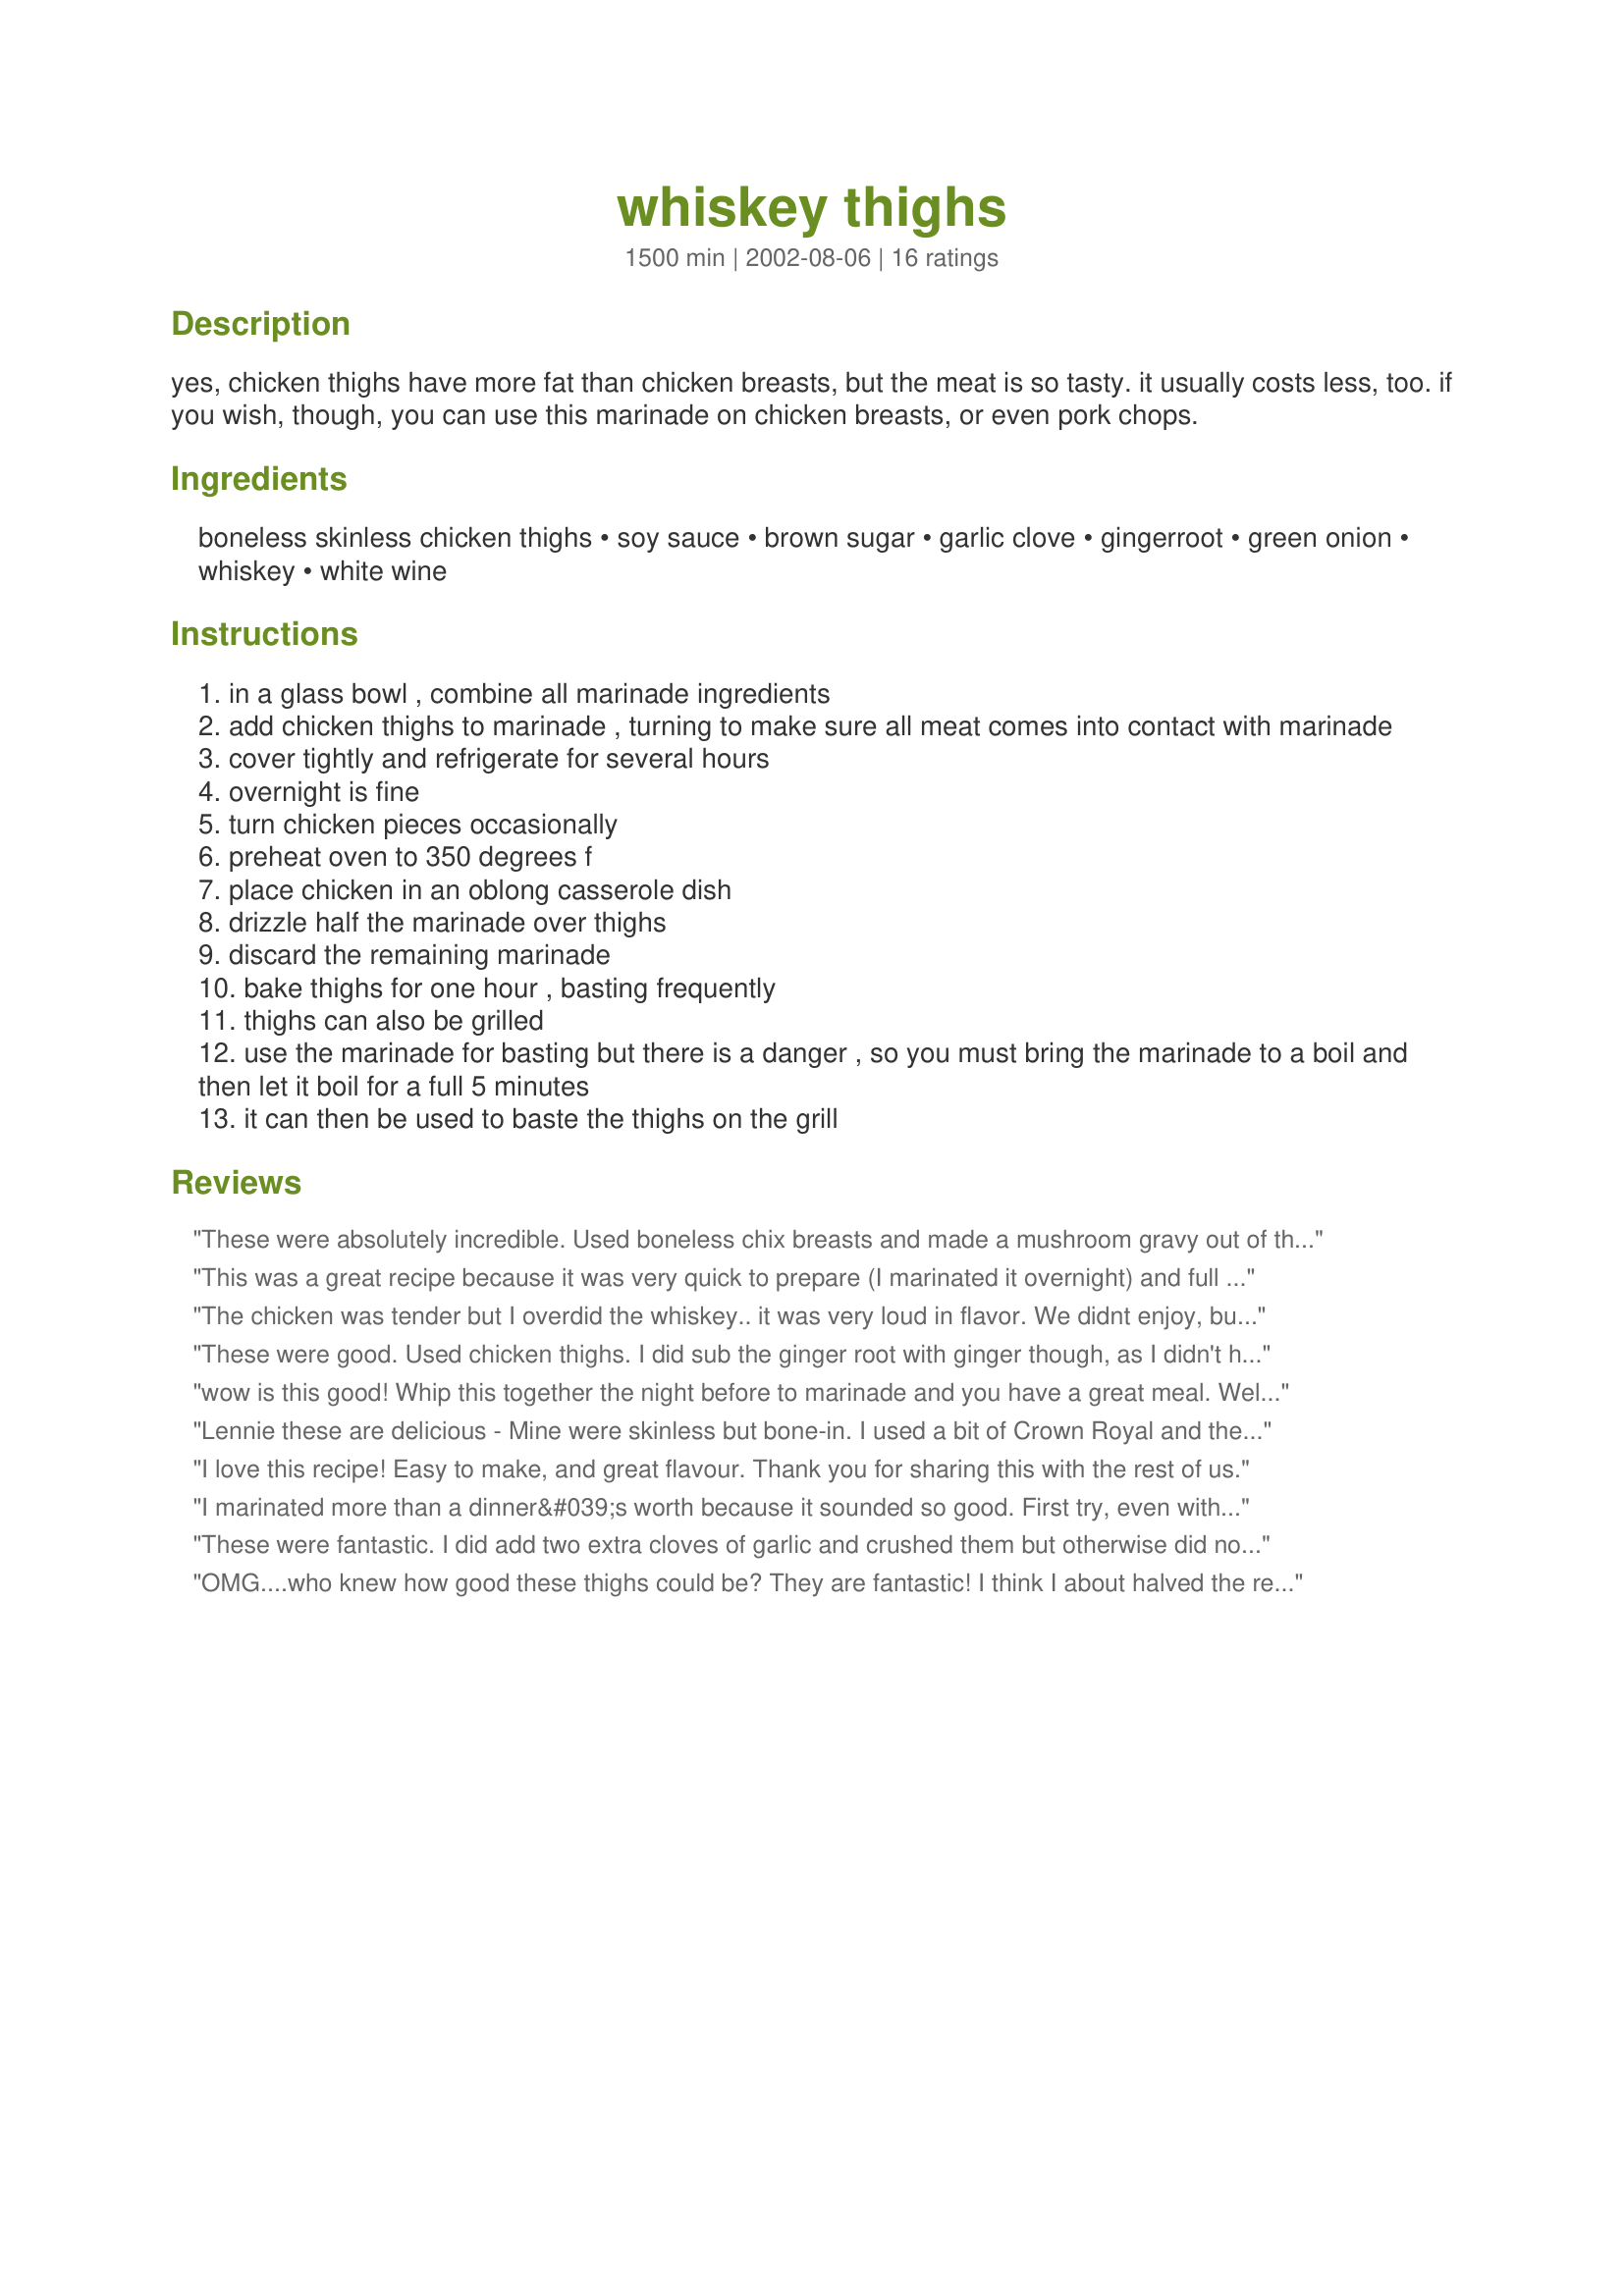
whiskey thighs
Preparation time: 1500 minutes

yes, chicken thighs have more fat than chicken breasts, but the meat is so tasty. it usually costs less, too. if you wish, though, you can use this marinade on chicken breasts, or even pork chops.

Ingredients:
boneless skinless chicken thighs, soy sauce, brown sugar, garlic clove, gingerroot, green onion, whiskey, white wine

Steps:
in a glass bowl , combine all marinade ingredients
add chicken thighs to marinade , turning to make sure all meat comes into contact with marinade
cover tightly and refrigerate for several hours
overnight is fine
turn chicken pieces occasionally
preheat oven to 350 degrees f
place chicken in an oblong casserole dish
drizzle half the marinade over thighs
discard the remaining marinade
bake thighs for one hour , basting frequently
thighs can also be grilled
use the marinade for basting but there is a danger , so you must bring the marinade to a boil and then let it boil for a full 5 minutes
it can then be used to baste the thighs on the grill

Reviews:
These were absolutely incredible. Used boneless chix breasts and made a mushroom gravy out of the marinade. First put the whole thing into the crockpot for 2.5 hours, then cooked-covered-on stovetop for 1/2 hour. Thickened marinade w/ flour & added a few handfuls of mushroom chunks. My husband now thinks I'm some sort of kitchen genius. Served with Bird's garlic mashed potatoes for a delicious meal. Thanks! :)
This was a great recipe because it was very quick to prepare (I marinated it overnight) and full of flavour. I served it with mashed potatoes.
The chicken was tender but I overdid the whiskey.. it was very loud in flavor. We didnt enjoy, but I used the chicken the next day to make quesadillas.. very yummy the next day. The next time i will measure my ingredients.
These were good. Used chicken thighs. I did sub the ginger root with ginger though, as I didn't have any on hand.
wow is this good! Whip this together the night before to marinade and you have a great meal.
Well worth trying.
 Lennie these are delicious - Mine were skinless but bone-in. I used a bit of Crown Royal and the end result was excellent.. Didn't have any green onion - Marinated the thighs from frozen overnight in the fridge, This morning I separated the thighs and flipped them in the marinade apprx every 2 hours Baked them for the full hour at 350F.
Used brown sugar substitute and cut back on it. End result-moist tender mellow flavored thighs - It's a do again for sure. Thanks Lennie
I love this recipe! Easy to make, and great flavour. Thank you for sharing this with the rest of us.
I marinated more than a dinner&#039;s worth because it sounded so good. First try, even with Gentleman Jack it was too boozy and a bit dry - so I added 1/2cup of Dale&#039;s and the next try was perfect, moist, tender and full flavored. Thanks for the recipe.
These were fantastic. I did add two extra cloves of garlic and crushed them but otherwise did not deviate from the recipe. Thanks for sharing another great recipe!
OMG....who knew how good these thighs could be? They are fantastic! I think I about halved the recipe, but can't wait to do the full thing again next week when an overnight guest comes to visit. Come to think of it I omitted the green onions (didn't have any) but will add them next time. I served these awesome morsels with fresh asparagus and leftover rice(many times doctored over). Lennie, this is a winner!
Very easy, nice sauce when it is done. I marinated overnight, served with rice and broccoli for a nice, light dinner. Thanks! Chivas Regal was the booze.
Lennie, this were wonderful! I did make two changes. I used bone in skin on thighs (personal preference) and substituted sweet rice cooking wine for the white wine. The skin on the thighs was thigh slapping good and the meat was tender and flavorful. DH wants this often. Thanks for sharing.
I loved these! Terrific almost teriyaki like flavor. I thickened the sauce after the chicken was done & served it over rice. These will be made again. thanks for sharing your recipe!
Very easy to make and tasted great. The kids have requested it again. I didn't have gingerroot or green onion in the house so I subsituted dried ginger and a little bit of minced onion for them. It turned out great. I threw them on the grill and after boiling the marinade I basted the thighs with it while they cooked. Thanks Lennie!
Perfect. The only change, I used a leek instead of green onion. I had to do something with it. The flavor suggest maybe adding a little citrus to the marinade. Maybe next time.
Nice, strong whiskey flavor. In my house, this was only enough for 2 people - I wonder if we eat too much or if this recipe is just too good?
Thanks for posting, I'll be making this many more times.
